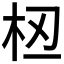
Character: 𫞈